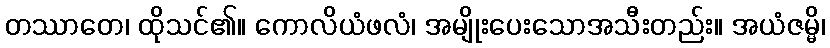
တဿာတေ၊ ထိုသင်၏။ ကောလိယံဖလံ၊ အမျိုးပေးသောအသီးတည်း။ အယံဇမ္မိ၊